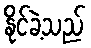
နိုင်ခဲ့သည်